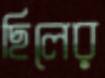
ছিলের